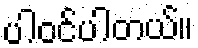
ပါဝင်ပါတယ်။